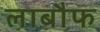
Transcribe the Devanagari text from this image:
लाबौफ